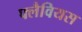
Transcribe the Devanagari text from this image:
फ्लैवियस